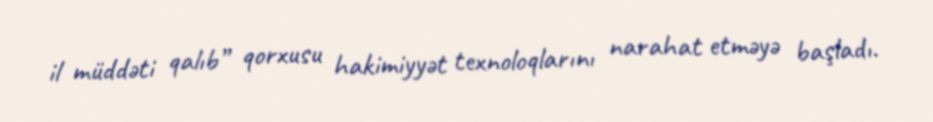
il müddəti qalıb” qorxusu hakimiyyət texnoloqlarını narahat etməyə başladı.